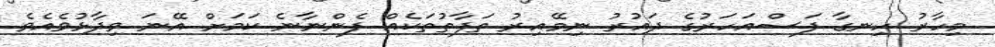
މިހާރު ހިނގާ ފަސްއަހަރުގެ ދައުރު ނިމޭއިރު ތަފާތުތަކެއް ފެންނާނެ ކަމަށް އޭނަ ވިދާޅުވެއެވެ.